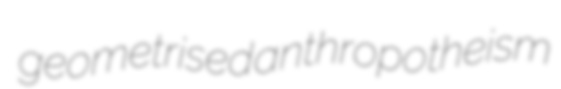
geometrised anthropotheism